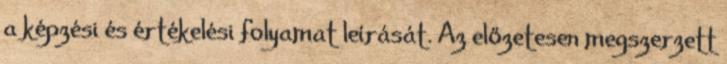
a képzési és értékelési folyamat leírását. Az előzetesen megszerzett